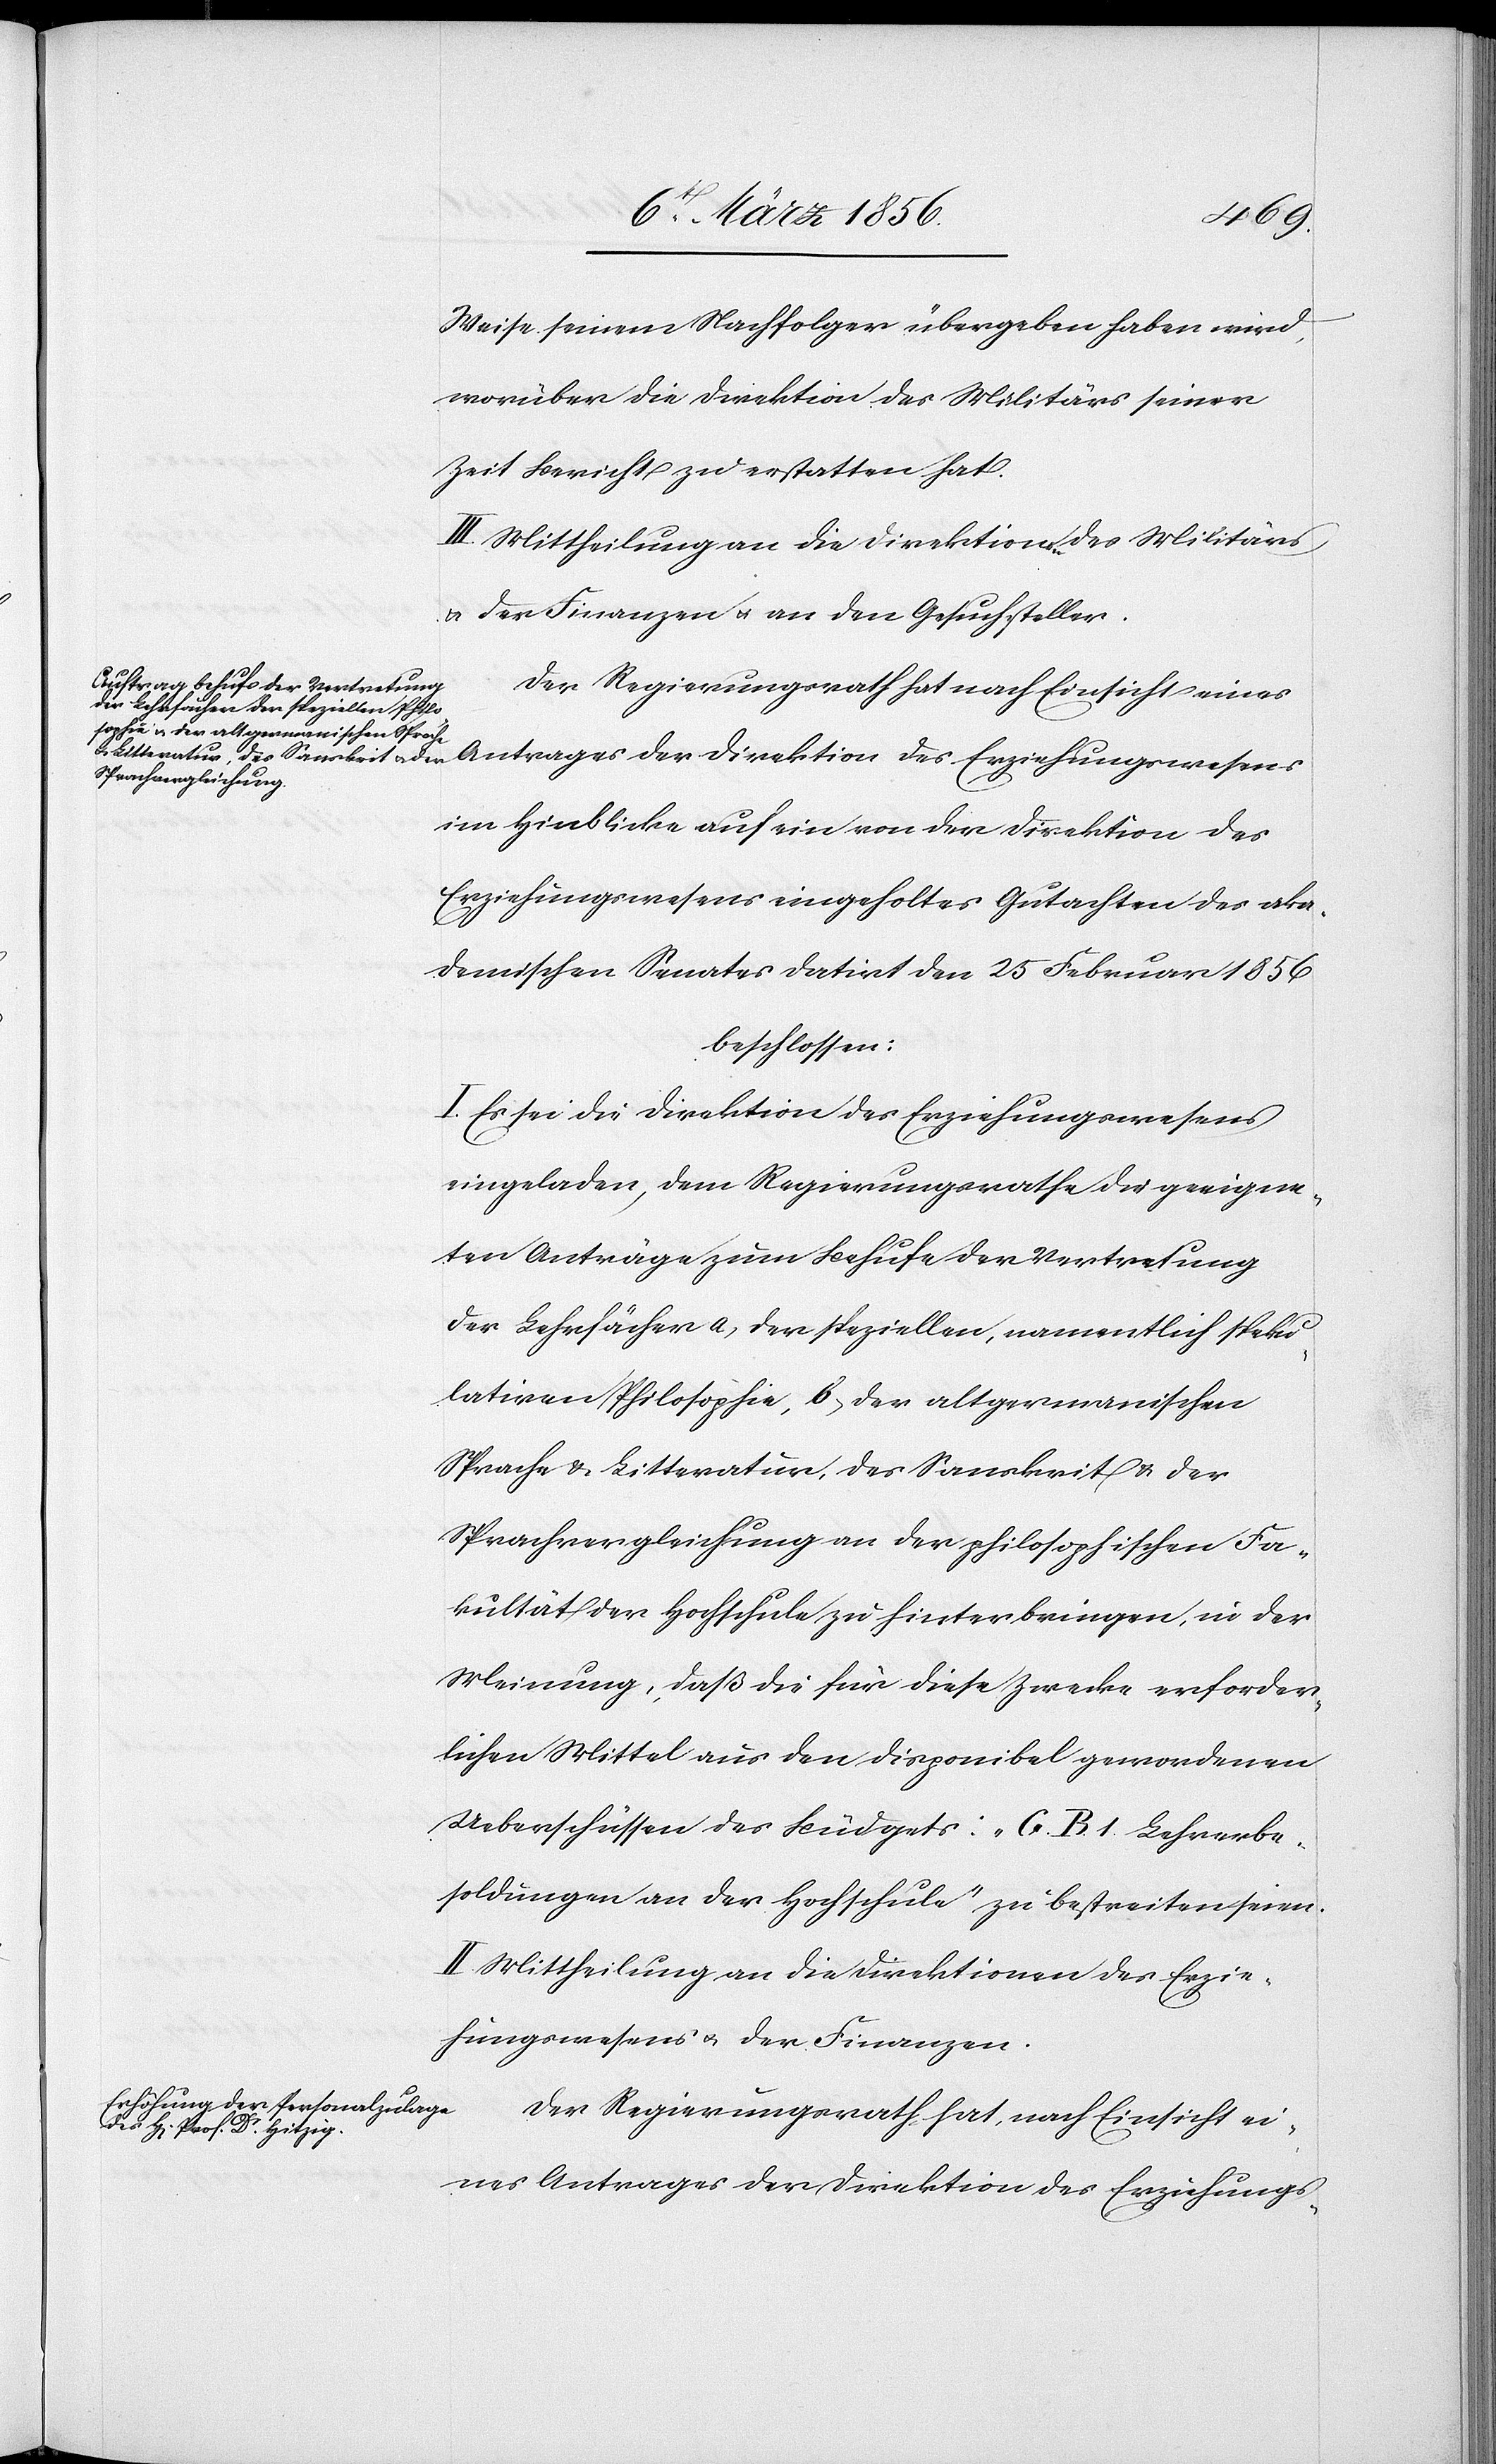
wesens
Weise seinem Nachfolger übergeben haben wird,
worüber die Direktion des Militärs seiner
Zeit Bericht zu erstatten hat.
III. Mittheilung an die Direktionen des Militärs
u. der Finanzen u. an den Gesuchsteller.
im Hinblicke auf ein von der Direktion des
Erziehungswesens eingeholtes Gutachten des aka¬
demischen Senates datirt den 25 Februar 1856
beschlossen:
I. Es sei die Direktion des Erziehungswesens
eingeladen, dem Regierungsrathe die geeigne¬
ten Anträge zum Behufe der Vertretung
der Lehrfächer a, der speziellen, namentlich speku¬
lativen Philosophie, b, der altgermanischen
Sprache & Litteratur, des Sanskrit & der
Sprachvergleichung an der philosophischen Fa¬
kultät der Hochschule zu hinterbringen, in der
Meinung, daß die für diese Zwecke erforder¬
lichen Mittel aus den disponibel gewordenen
Ueberschüssen des Büdgets: „G. B. 1. Lehrerbe¬
soldungen an der Hochschule“ zu bestreiten seien.
II. Mittheilung an die Direktionen des Erzie¬
hungswesens u. der Finanzen.
Der Regierungsrath hat, nach Einsicht ei¬
nes Antrages der Direktion des Erziehungs-